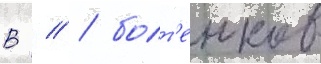
В // / болт'енков